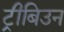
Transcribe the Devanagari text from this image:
ट्रीबिउन